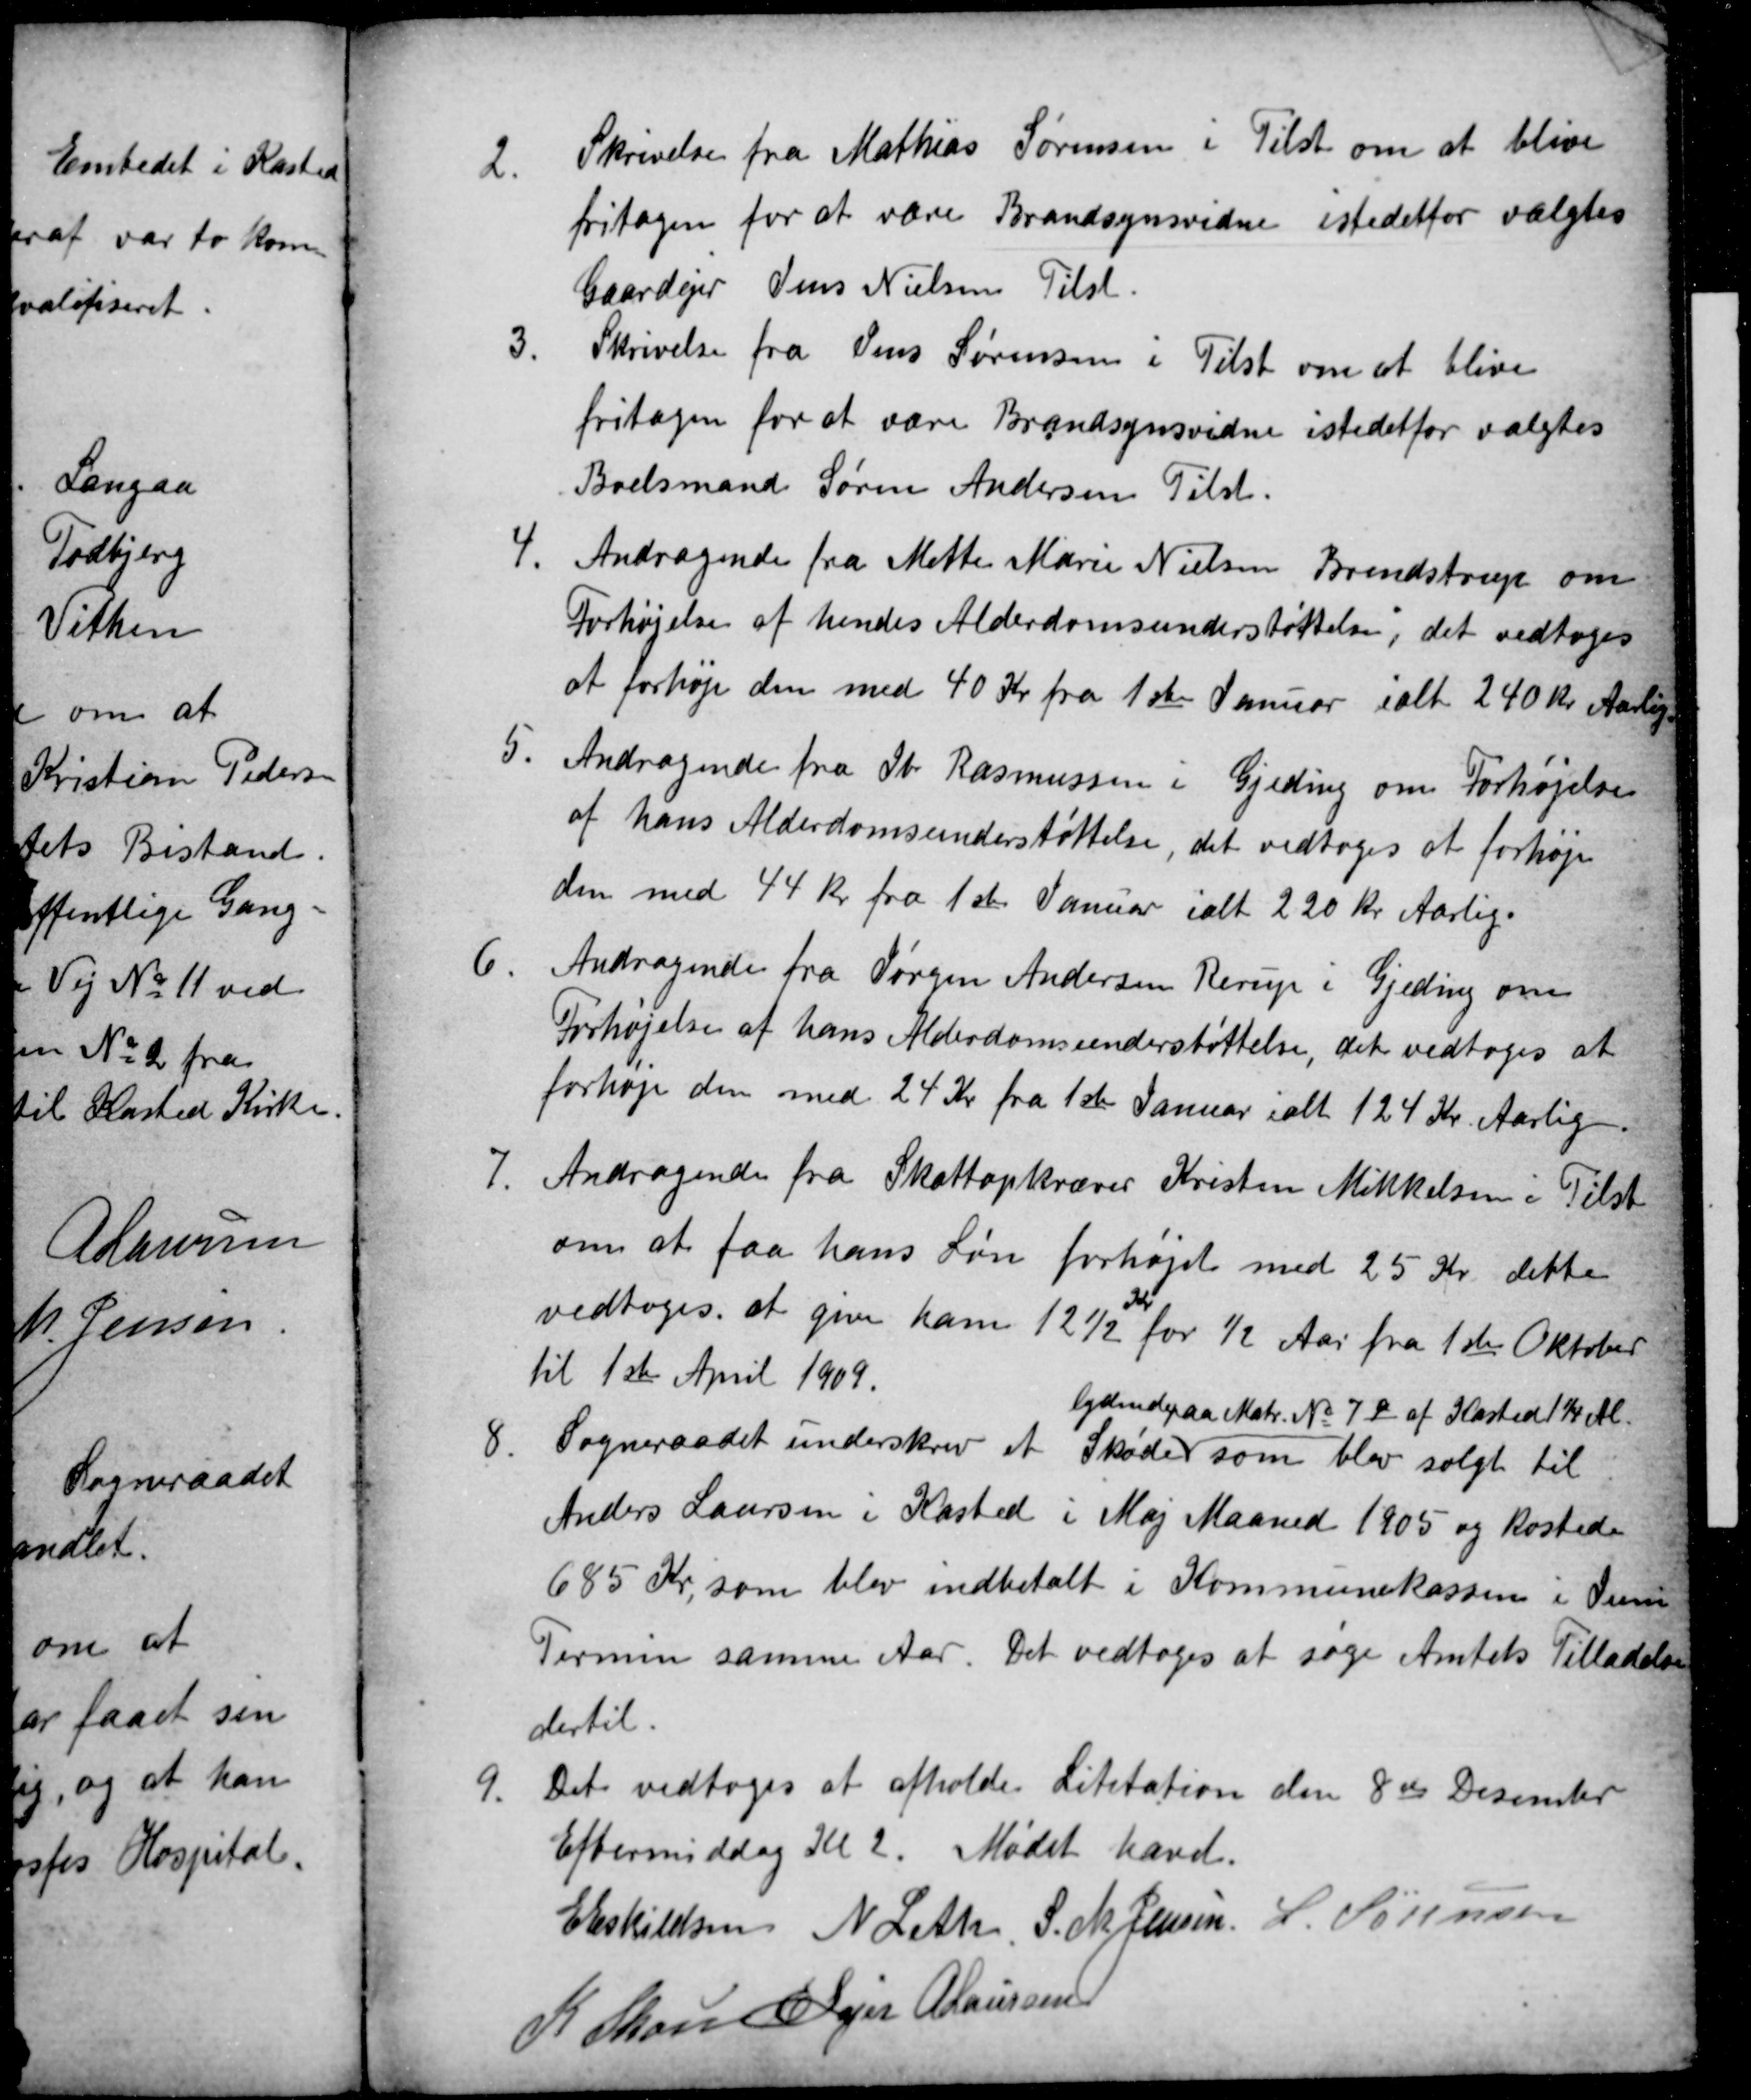
Transskription:
2.
Skrivelse fra Mathias Sørensen i Tilst om at blive
fritagen for at være Brandsynsvidne istedetfor valgtes
Gaardejer Jens Nielsens Tilst
3.
Skrivelse fra Jens Sørensen i Tilst om at blive
fritagen for at være Brandsynsvidne istedetfor valgtes
Boelsmand Søren Andersen Tilst.
4.
Andragende fra Mette Marie Nielsen Brendstrup om
Forhøjelse af hendes Alderdomsunderstøttelse, det vedtoges
at forhøje den med 40 Kr fra 1ste Januar ialt 240 Kr Aarlig.
5.
Andragende fra Ib Rasmussen i Gjeding om Forhøjelse
af hans Alderdomsunderstøttelse, det vedtoges at forhøje
den med 44 kr fra 1ste Januar ialt 220 Kr Aarlig.
6.
Andragende fra Jørgen Andersen Rerup i Gjeding om
Forhøjelse af hans Alderdomsunderstøttelse, det vedtoges at
forhøje den med 24 Kr fra 1ste Januar ialt 124 Kr. Aarlig.
7.
Andragende fra Skatteopkræver Kristen Mikkelsen i Tilst
om at faa hans Løn forhøjet med 25 Kr dette
vedtoges. at give ham 12½
Kr
for ½ Aar fra 1ste Oktober
til 1ste April 1909.
8
Sogneraadet underskrev et Skøde
lydende paa Matr. № 7g af Kasted 1¼ Al.
som blev solgt til
Anders Laursen i Kasted i Maj Maaned 1905 og kostede
685 Kr, som blev indbetalt i Kommunekassen i Juni
Termin samme Aar. Det vedtoges at søge Amtets Tilladelse
dertil.
9.
Det vedtoges at afholde Lititation den 8de Desember
Eftermiddag Kl 2. Mødet hævet.
E Eskildsen N Leth S. M. Jensen L. Sørensen
K Skou E Lajer A Laursen